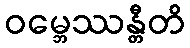
ဝမ္ဘေဿန္တီတိ